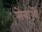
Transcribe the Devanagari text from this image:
सेवाऒं